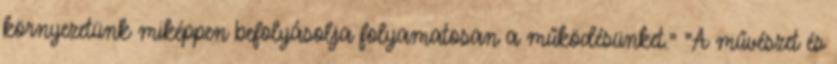
környezetünk miképpen befolyásolja folyamatosan a működésünket." "A művészet és